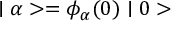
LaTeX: \mid \alpha > = \phi _ { \alpha } ( 0 ) \mid 0 >